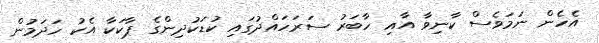
އެހެން ނަމަވެސް ކާނިވާ އާއި ހާބަރު ސަރަހައްދުގައި ކުޑަކުދިންގެ ޕާކަކާ އެކު ހަދަމުން